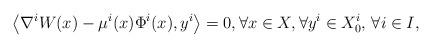
LaTeX: \begin{align*}\big\langle \nabla^{i} W(x) - \mu^i(x) \Phi^{i}(x) , y^i \big\rangle = 0, \forall x \in X, \forall y^i \in X^i_0, \, \forall i\in I,\end{align*}